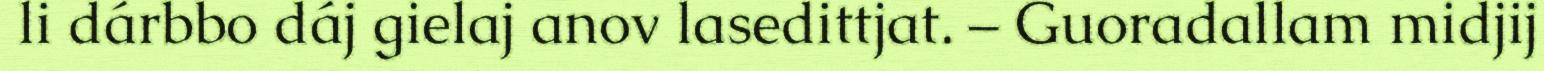
li dárbbo dáj gielaj anov lasedittjat. – Guoradallam midjij